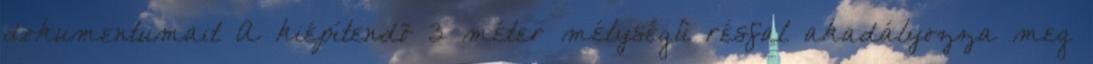
dokumentumait A kiépítendõ 3 méter mélységû résfal akadályozza meg